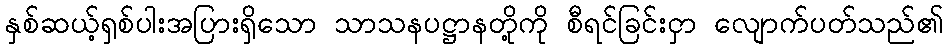
နှစ်ဆယ့်ရှစ်ပါးအပြားရှိသော သာသနပဋ္ဌာနတို့ကို စီရင်ခြင်းငှာ လျောက်ပတ်သည်၏